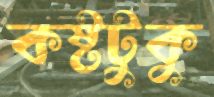
কষ্টটুকু